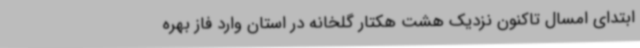
ابتدای امسال تاکنون نزدیک هشت هکتار گلخانه در استان وارد فاز بهره